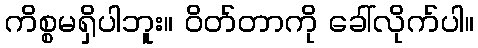
ကိစ္စမရှိပါဘူး။ ဝိတ်တာကို ခေါ်လိုက်ပါ။